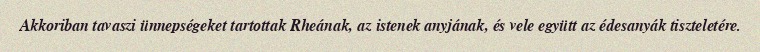
Akkoriban tavaszi ünnepségeket tartottak Rheának, az istenek anyjának, és vele együtt az édesanyák tiszteletére.